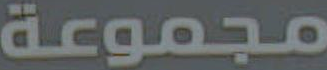
مجموعة